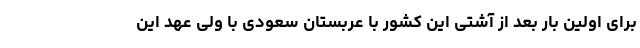
برای اولین بار بعد از آشتی این کشور با عربستان سعودی با ولی عهد این